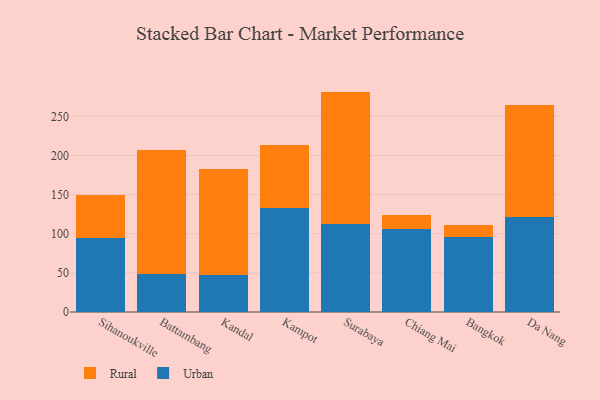
{"axis": {"x": "City", "y": "Inventory Turnover"}, "legend": ["Rural", "Urban"], "data": [{"x": "Sihanoukville", "y": 94.2, "type": "Urban"}, {"x": "Sihanoukville", "y": 55.5, "type": "Rural"}, {"x": "Battambang", "y": 49.0, "type": "Urban"}, {"x": "Battambang", "y": 157.8, "type": "Rural"}, {"x": "Kandal", "y": 46.9, "type": "Urban"}, {"x": "Kandal", "y": 135.9, "type": "Rural"}, {"x": "Kampot", "y": 133.4, "type": "Urban"}, {"x": "Kampot", "y": 79.4, "type": "Rural"}, {"x": "Surabaya", "y": 112.3, "type": "Urban"}, {"x": "Surabaya", "y": 169.3, "type": "Rural"}, {"x": "Chiang Mai", "y": 105.9, "type": "Urban"}, {"x": "Chiang Mai", "y": 18.6, "type": "Rural"}, {"x": "Bangkok", "y": 96.1, "type": "Urban"}, {"x": "Bangkok", "y": 15.5, "type": "Rural"}, {"x": "Da Nang", "y": 121.2, "type": "Urban"}, {"x": "Da Nang", "y": 143.4, "type": "Rural"}]}